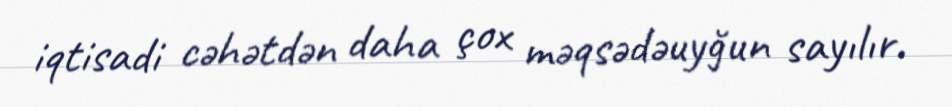
iqtisadi cəhətdən daha çox məqsədəuyğun sayılır.